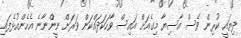
ދިޔައީ ކުރިން ވެސް އާސިޔާ މިގެއަށް އައިސް ވާހަކަދައްކަން ވަރަށް ނީންނާނެ އެހެންއުޅެފައި